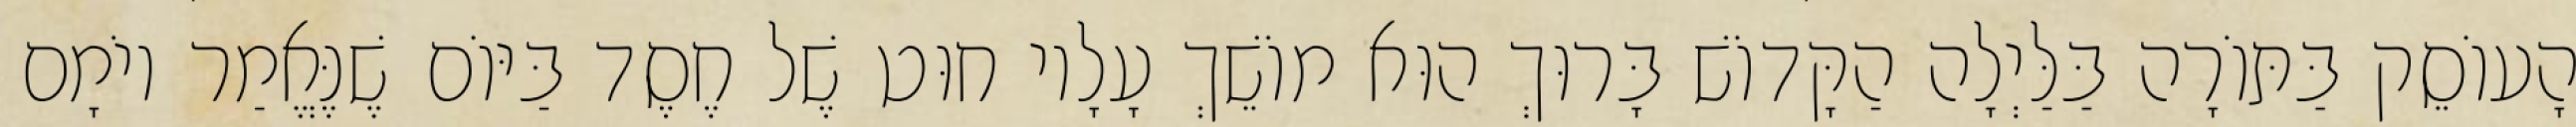
הָעוֹסֵק בַּתּוֹרָה בַּלַּיְלָה הַקָּדוֹשׁ בָּרוּךְ הוּא מוֹשֵׁךְ עָלָיו חוּט שֶׁל חֶסֶד בַּיּוֹם שֶׁנֶּאֱמַר יוֹמָם